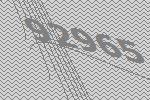
92965